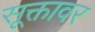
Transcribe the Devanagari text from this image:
सूक्तावर